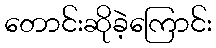
တောင်းဆိုခဲ့ကြောင်း